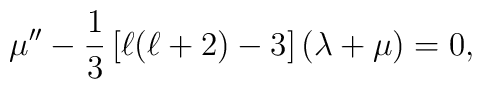
\mu''-\frac{1}{3}\left[\ell(\ell+2)-3\right]\left(\lambda+\mu\right)=0 ,